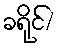
ခရိုင်/